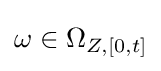
\omega \in \Omega _{Z,[0,t]}